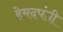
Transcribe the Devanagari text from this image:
हेमदपंती